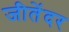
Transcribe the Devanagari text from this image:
जीतेंदर